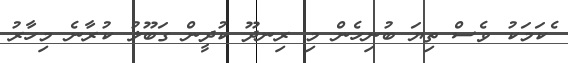
ެކަމަކު ވެސް ތިޔަ ބުނިހެން މި ރިނދޫ ކުދީން ގަބޫލު ކުރާނެ މިހާރު